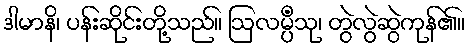
ဒါမာနိ၊ ပန်းဆိုင်းတို့သည်။ ဩလမ္ပိံသု၊ တွဲလွဲဆွဲကုန်၏။